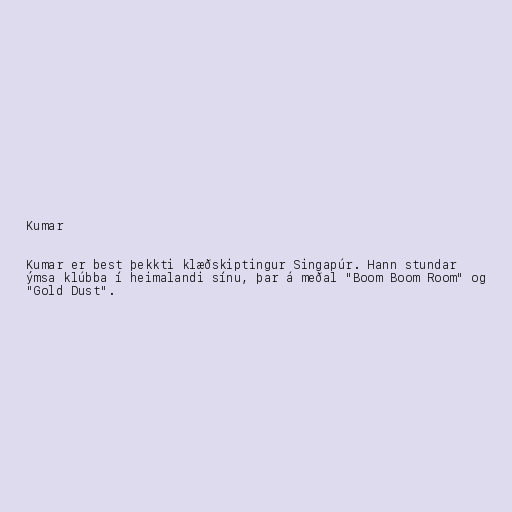
Kumar

Kumar er best þekkti klæðskiptingur Singapúr. Hann stundar
ýmsa klúbba í heimalandi sínu, þar á meðal "Boom Boom Room" og
"Gold Dust".